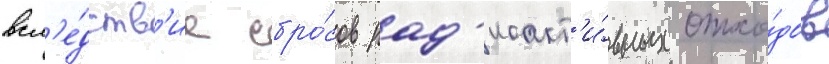
всл'е́дств'ие сбро́сов рад'иоакт'и́вных отхо́дов